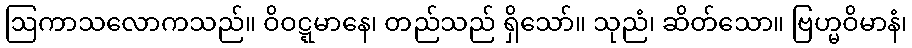
ဩကာသလောကသည်။ ဝိဝဋ္ဋမာနေ၊ တည်သည် ရှိသော်။ သုညံ၊ ဆိတ်သော။ ဗြဟ္မဝိမာနံ၊